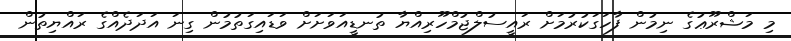
މި މަޝްރޫޢުގެ ނިމުން ފާހަގަކުރުމަށް ރައީސުލްޖުމްހޫރިއްޔާ ތުނޑީއަވަށަށް ވަޑައިގަތުމުން ގިނަ އަދަދެއްގެ ރައްޔިތުން